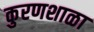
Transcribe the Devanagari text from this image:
कुरणशाळा